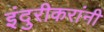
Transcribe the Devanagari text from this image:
इंदुरीकरांनी